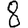
Digit: 8